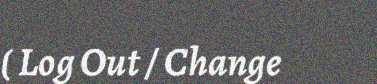
( Log Out / Change